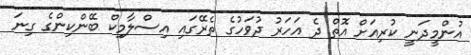
އުންމީދަނީ ކުރިއަށް އޮތް ދެ އަހަރު ދުވަހުގެ ތެރޭގައި އިސްލާމިކް ބޭންކިންގެ ގިނަ